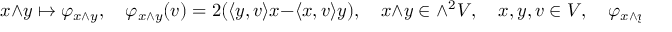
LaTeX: x \wedge y \mapsto \varphi _ { x \wedge y } , \quad \varphi _ { x \wedge y } ( v ) = 2 ( \langle y , v \rangle x - \langle x , v \rangle y ) , \quad x \wedge y \in \wedge ^ { 2 } V , \quad x , y , v \in V , \quad \varphi _ { x \wedge y } \in { \mathfrak { s o } } ( n , \mathbb { C } ) ,